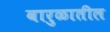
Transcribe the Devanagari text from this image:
वारुळातील